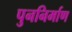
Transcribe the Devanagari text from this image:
पुननिर्माण